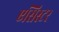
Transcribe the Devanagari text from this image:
एसिस्टर